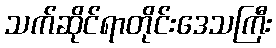
သက်ဆိုင်ရာတိုင်းဒေသကြီး